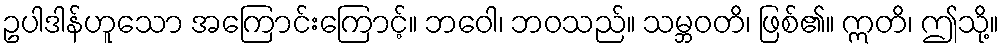
ဥပါဒါန်ဟူသော အကြောင်းကြောင့်။ ဘဝေါ၊ ဘဝသည်။ သမ္ဘဝတိ၊ ဖြစ်၏။ ဣတိ၊ ဤသို့။